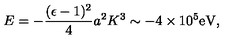
E = - { \frac { ( \epsilon - 1 ) ^ { 2 } } { 4 } } a ^ { 2 } K ^ { 3 } \sim - 4 \times 1 0 ^ { 5 } \mathrm { e V } ,